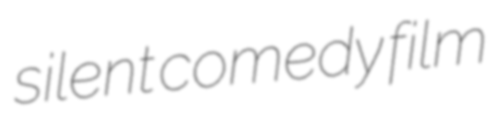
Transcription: silent comedy film